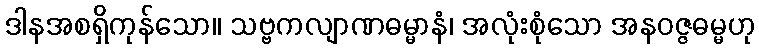
ဒါနအစရှိကုန်သော။ သဗ္ဗကလျာဏဓမ္မာနံ၊ အလုံးစုံသော အနဝဇ္ဇဓမ္မဟု